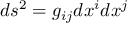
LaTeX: d s ^ { 2 } = g _ { i j } d x ^ { i } d x ^ { j }